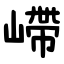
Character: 嵽